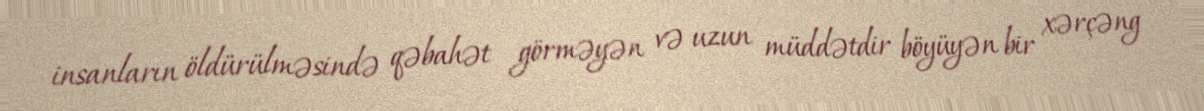
insanların öldürülməsində qəbahət görməyən və uzun müddətdir böyüyən bir xərçəng